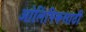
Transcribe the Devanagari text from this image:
ओलिंपिकसाठी